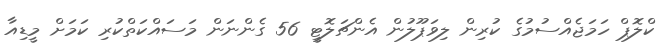
ކްލޮޕް ހަމަޖެއްސުމުގެ ކުރިން ލިވަޕޫލުން އެންޗަލޮޓީ 56 ގެންނަން މަސައްކަތްކުރި ކަމަށް މީޑިއާ